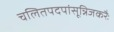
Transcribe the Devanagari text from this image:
चलितपदपांसून्निजकरैः